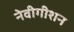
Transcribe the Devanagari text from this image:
नेवीगीशन